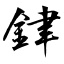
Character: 銉